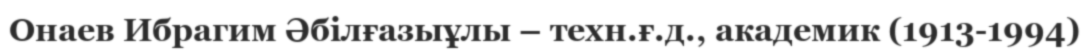
Онаев Ибрагим Әбілғазыұлы – техн.ғ.д., академик (1913-1994)